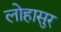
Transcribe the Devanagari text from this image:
लोहासुर